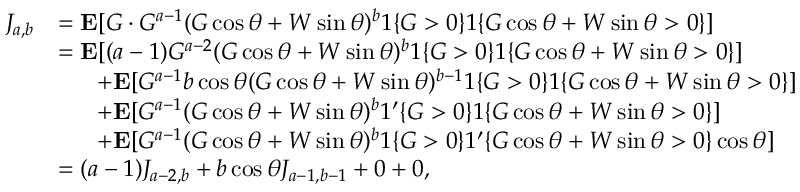
\begin{array} { r l } { J _ { a , b } } & { = \mathbf { E } [ G \cdot G ^ { a - 1 } ( G \cos \theta + W \sin \theta ) ^ { b } 1 \{ G > 0 \} 1 \{ G \cos \theta + W \sin \theta > 0 \} ] } \\ & { = \mathbf { E } [ ( a - 1 ) G ^ { a - 2 } ( G \cos \theta + W \sin \theta ) ^ { b } 1 \{ G > 0 \} 1 \{ G \cos \theta + W \sin \theta > 0 \} ] } \\ & { \; \; \; \; \; \; + \mathbf { E } [ G ^ { a - 1 } b \cos \theta ( G \cos \theta + W \sin \theta ) ^ { b - 1 } 1 \{ G > 0 \} 1 \{ G \cos \theta + W \sin \theta > 0 \} ] } \\ & { \; \; \; \; \; \; + \mathbf { E } [ G ^ { a - 1 } ( G \cos \theta + W \sin \theta ) ^ { b } 1 ^ { \prime } \{ G > 0 \} 1 \{ G \cos \theta + W \sin \theta > 0 \} ] } \\ & { \; \; \; \; \; \; + \mathbf { E } [ G ^ { a - 1 } ( G \cos \theta + W \sin \theta ) ^ { b } 1 \{ G > 0 \} 1 ^ { \prime } \{ G \cos \theta + W \sin \theta > 0 \} \cos \theta ] } \\ & { = ( a - 1 ) J _ { a - 2 , b } + b \cos \theta J _ { a - 1 , b - 1 } + 0 + 0 , } \end{array}